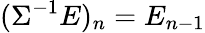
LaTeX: (\Sigma^{-1}E)_{n}=E_{n-1}